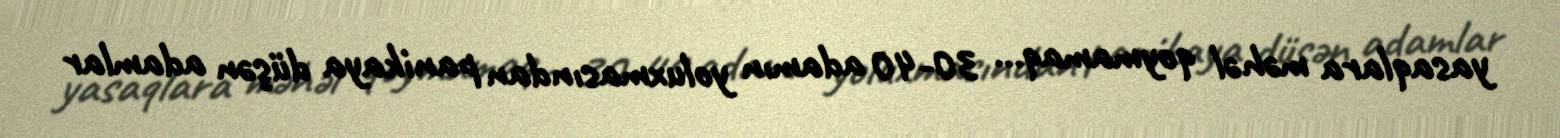
yasaqlara məhəl qoymamaq... 30-40 adamın yoluxmasından panikaya düşən adamlar